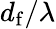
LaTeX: d_{\mathrm{f}}/\lambda